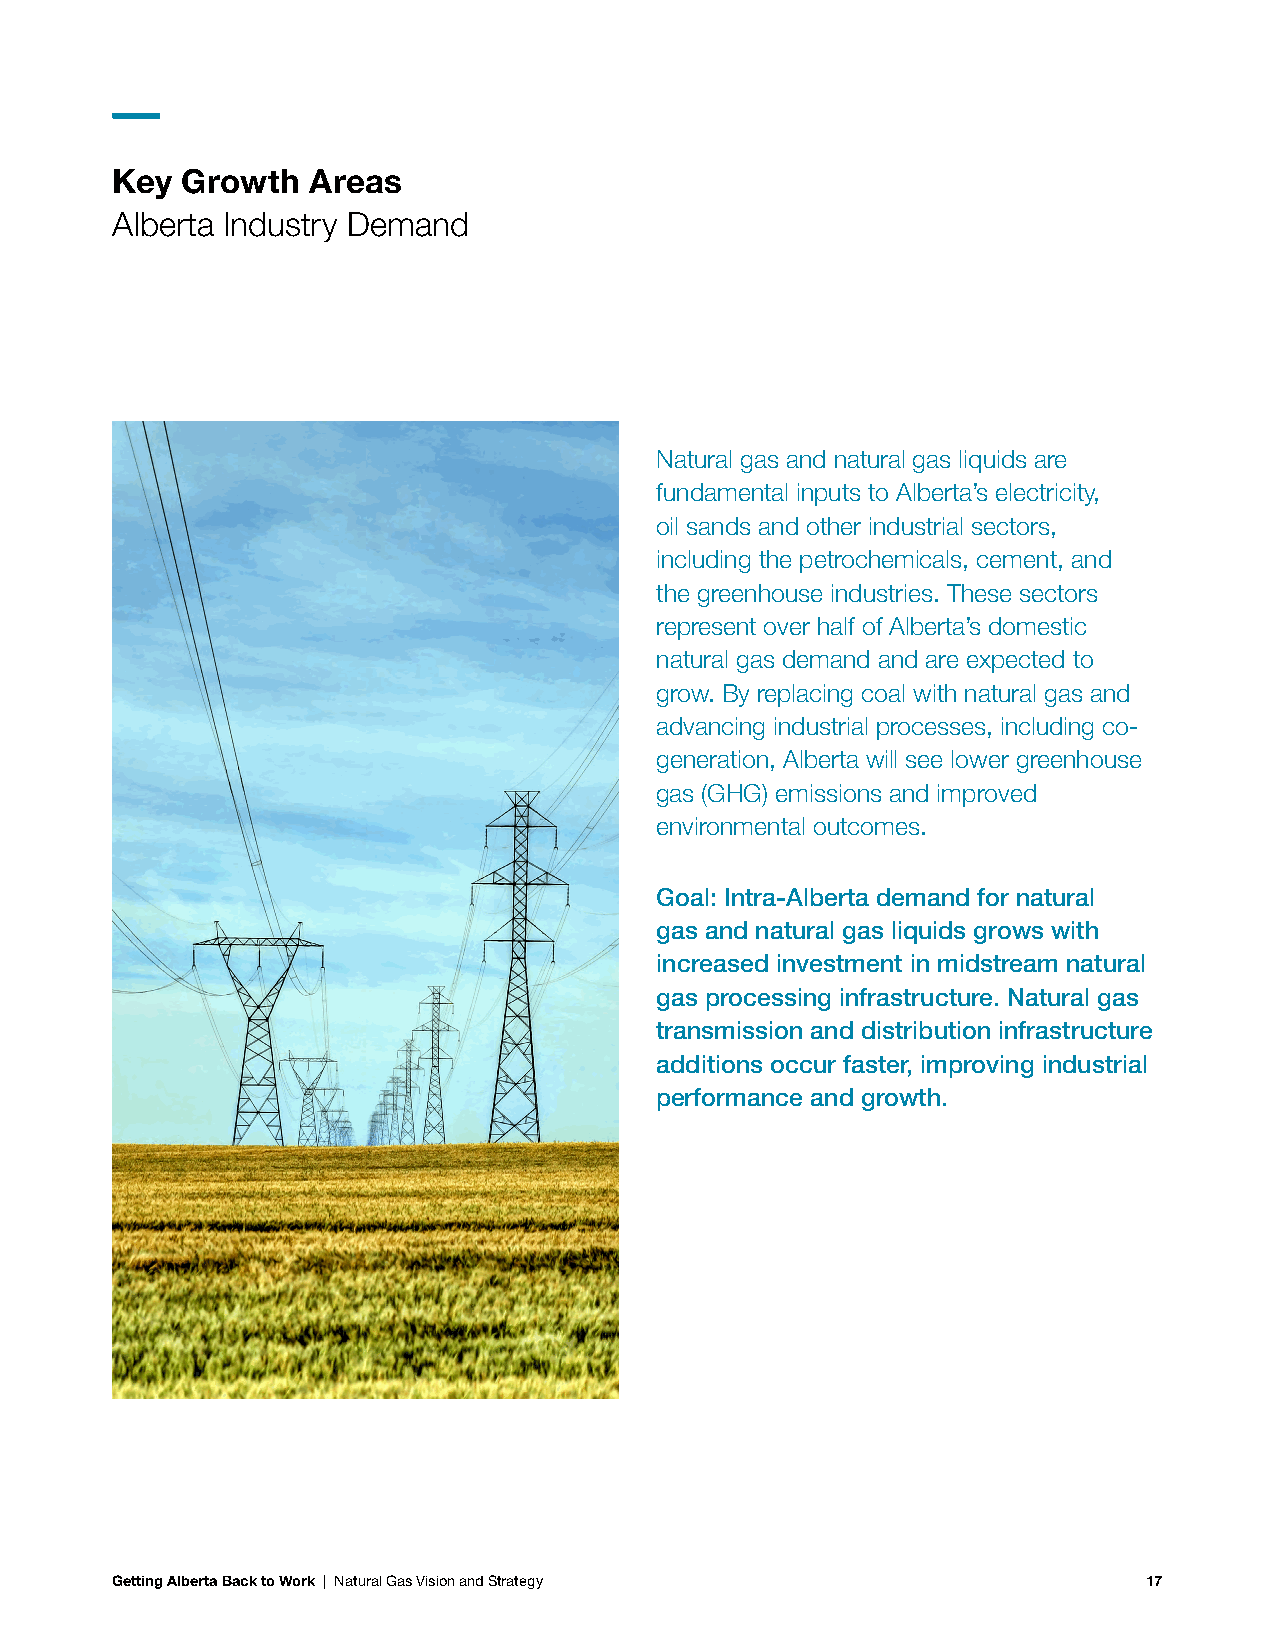
Key  Growth  Areas
 Alberta Industry Demand
 Natural gas and natural gas liquids are
 fundamental inputs to Alberta’s electricity,
 oil sands and other industrial sectors,
 including the petrochemicals, cement, and
 the greenhouse industries. These sectors
 represent over half of Alberta’s domestic
 natural gas demand and are expected to
 grow. By replacing coal with natural gas and
 advancing industrial processes, including co-
 generation, Alberta will see lower greenhouse
 gas (GHG) emissions and improved
 environmental outcomes.
 Goal: Intra-Alberta demand for natural
 gas and natural gas liquids grows with
 increased investment in midstream natural
 gas processing infrastructure. Natural gas
 transmission and distribution infrastructure
 additions occur faster, improving industrial
 performance and growth.
 Getting Alberta Back to Work | Natural Gas Vision and Strategy       17